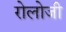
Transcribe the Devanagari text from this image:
रोलोजी